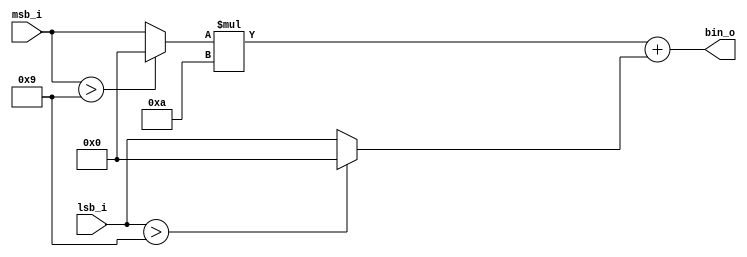
// ENGR_190 bcd2bin James Hicks 3/16/2023

module bcd2bin
  (
   input  [3:0] msb_i,
   input  [3:0] lsb_i,
   output [6:0] bin_o
  );

  wire [3:0] digit1, digit2;

  assign digit1 = (msb_i[3:0] > 9) ? 4'b0000 : msb_i[3:0];
  assign digit2 = (lsb_i[3:0] > 9) ? 4'b0000 : lsb_i[3:0];

  assign bin_o = (digit1 * 10) + digit2;

endmodule